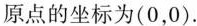
原点的坐标为(0，0).